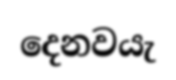
දෙනවයැ